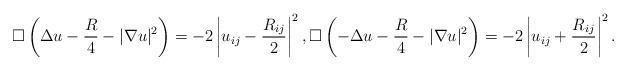
LaTeX: \begin{align*} \square \left(\Delta u -\frac{R}{4} -|\nabla u|^2 \right)=-2 \left|u_{ij}-\frac{R_{ij}}{2} \right|^2, \square \left(-\Delta u -\frac{R}{4} -|\nabla u|^2 \right)=-2 \left|u_{ij}+\frac{R_{ij}}{2} \right|^2.\end{align*}